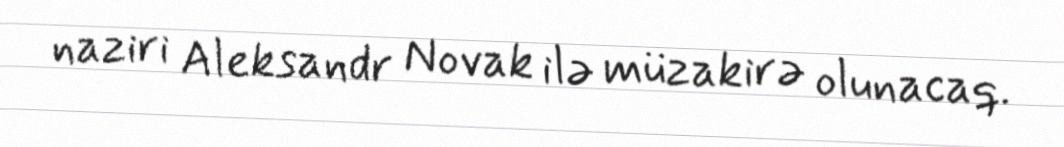
naziri Aleksandr Novak ilə müzakirə olunacaq.